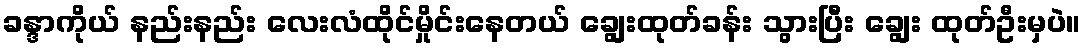
ခန္ဒာကိုယ် နည်းနည်း လေးလံထိုင်မှိုင်းနေတယ် ချွေးထုတ်ခန်း သွားပြီး ချွေး ထုတ်ဦးမှပဲ။